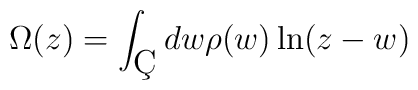
\Omega (z) = \int _{\c C} dw\rho(w)\ln(z-w)